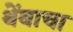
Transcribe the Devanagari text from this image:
थेंबाचा